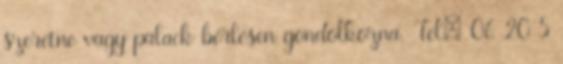
szeretne vagy palack bérlésen gondolkozna. Tel: 06 20 5